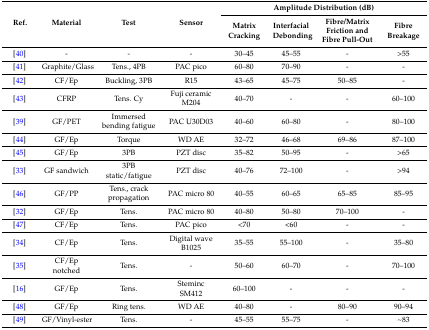
| <ROWSPAN=2> Ref. | <ROWSPAN=2> Material | <ROWSPAN=2> Test | <ROWSPAN=2> Sensor | <COLSPAN=4> Amplitude Distribution (dB) |
 | Matrix Cracking | Interfacial Debonding | Fibre/Matrix Friction and Fibre Pull-Out | Fibre Breakage |
 | --- | --- | --- | --- | --- | --- | --- | --- |
 | [40] | - | - | - | 30–45 | 45–55 | - | >55 |
 | [41] | Graphite/Glass | Tens., 4PB | PAC pico | 60–80 | 70–90 | - | - |
 | [42] | CF/Ep | Buckling, 3PB | R15 | 43–65 | 45–75 | 50–85 | - |
 | [43] | CFRP | Tens. Cy | Fuji ceramic M204 | 40–70 | - | - | 60–100 |
 | [39] | GF/PET | Immersed bending fatigue | PAC U30D03 | 40–60 | 60–80 | - | 80–100 |
 | [44] | GF/Ep | Torque | WD AE | 32–72 | 46–68 | 69–86 | 87–100 |
 | [45] | GF/Ep | 3PB | PZT disc | 35–82 | 50–95 | - | >65 |
 | [33] | GF sandwich | 3PB static/fatigue | PZT disc | 40–76 | 72–100 | - | >94 |
 | [46] | GF/PP | Tens., crack propagation | PAC micro 80 | 40–55 | 60–65 | 65–85 | 85–95 |
 | [32] | GF/Ep | Tens. | PAC micro 80 | 40–80 | 50–80 | 70–100 | - |
 | [47] | CF/Ep | Tens. | PAC pico | <70 | <60 | - | - |
 | [34] | CF/Ep | Tens. | Digital wave B1025 | 35–55 | 55–100 | - | 35–80 |
 | [35] | CF/Ep notched | Tens. | - | 50–60 | 60–70 | - | 70–100 |
 | [16] | GF/Ep | Tens. | Steminc SM412 | 60–100 | - | - | - |
 | [48] | GF/Ep | Ring tens. | WD AE | 40–80 | - | 80–90 | 90–94 |
 | [49] | GF/Vinyl-ester | Tens. | - | 45–55 | 55–75 | - | ~83 |